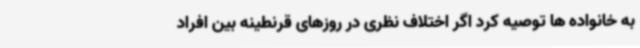
به خانواده ها توصیه کرد اگر اختلاف نظری در روزهای قرنطینه بین افراد